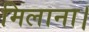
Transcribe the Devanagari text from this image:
मिलाना।